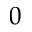
0